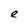
Character: e